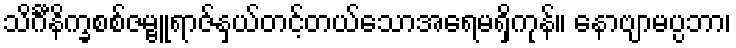
သိင်္ဂီနိက္ခစစ်ဇမ္ဗူရာဇ်နှယ်တင့်တယ်သောအရေမရှိကုန်။ နောဗျာမပ္ပဘာ၊